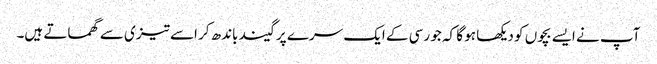
آپ نے ایسے بچوں کو دیکھا ہو گا کہ جو رسی کے ایک سرے پر گیند باندھ کر اسے تیزی سے گھماتے ہیں۔